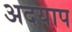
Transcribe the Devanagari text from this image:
अदयाप